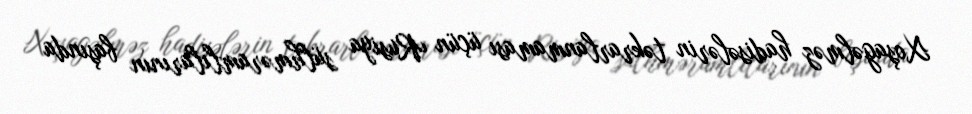
Xoşagəlməz hadisələrin təkrarlanmaması üçün Rusiya sülhməramlılarının başında